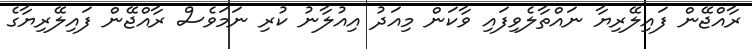
ރާއްޖޭން ފައިލޭރިޔާ ނައްތާލެވިފައި ވާކަން މިއަދު އިއުލާނު ކުރި ނަމަވެސް ރާއްޖޭން ފައިލޭރިޔާގެ